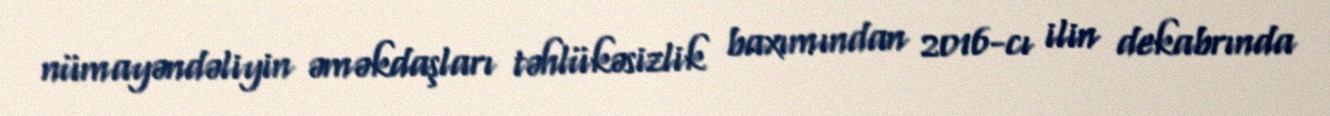
nümayəndəliyin əməkdaşları təhlükəsizlik baxımından 2016-cı ilin dekabrında